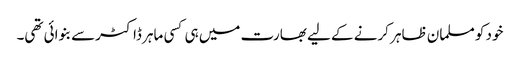
خود کو مسلمان ظاہر کرنے کے لیے بھارت میں ہی کسی ماہر ڈاکٹرسے بنوائی تھی۔